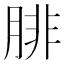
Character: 腓